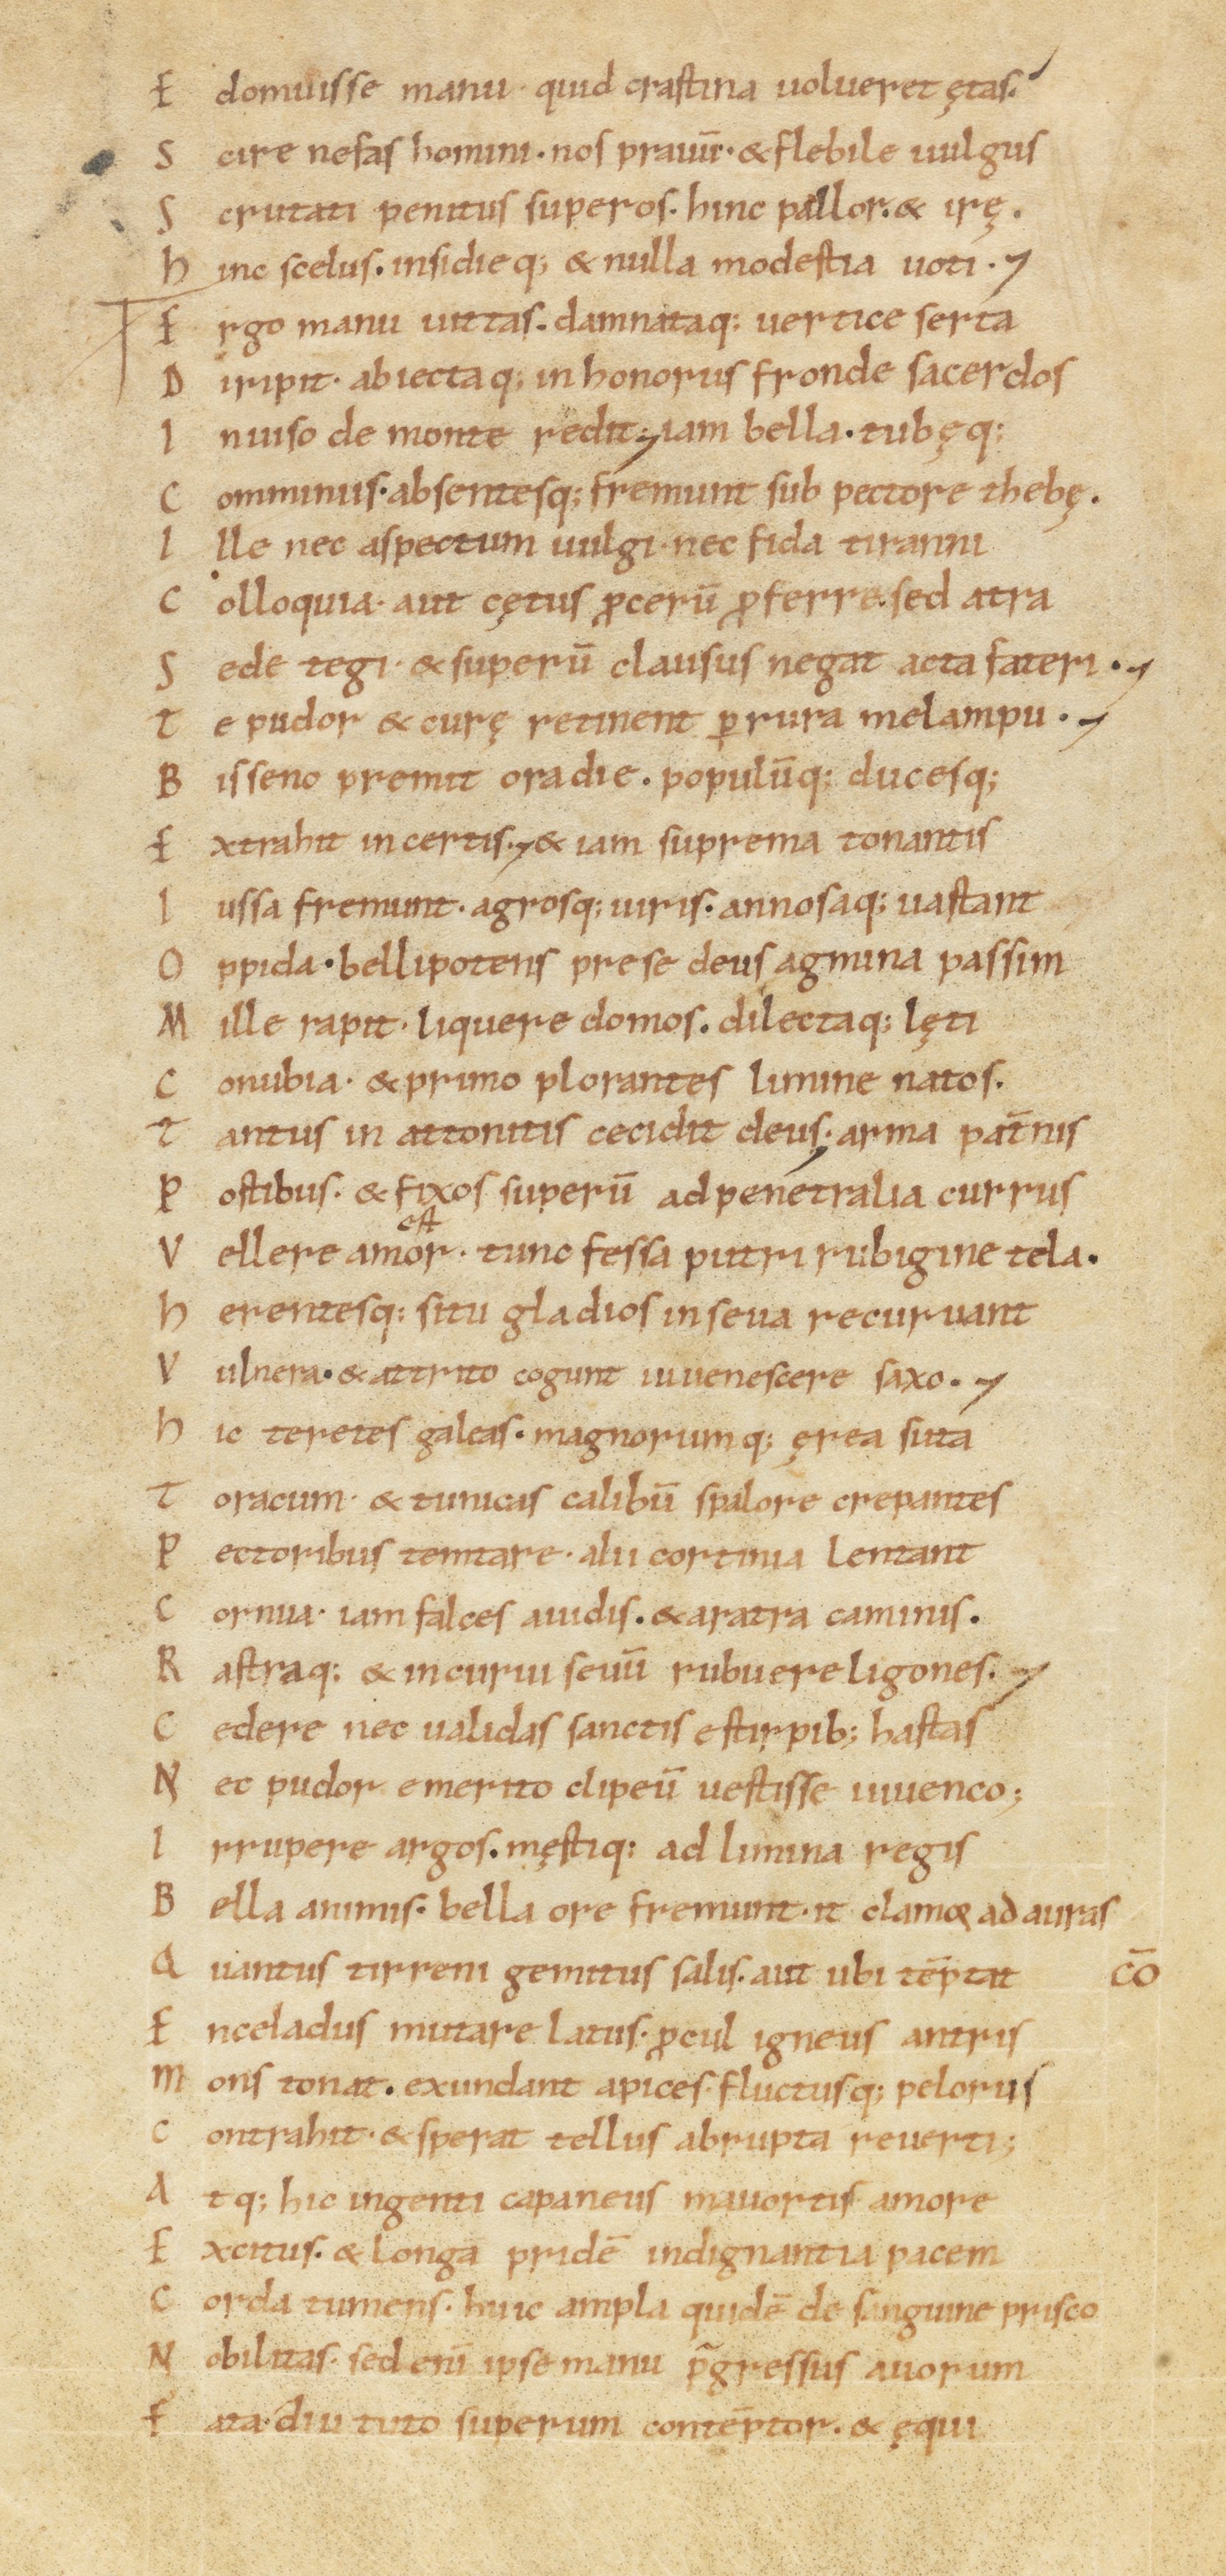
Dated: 1000–1099